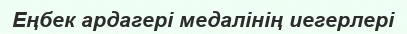
Еңбек ардагері медалінің иегерлері